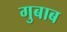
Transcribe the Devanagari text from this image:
गुबाब